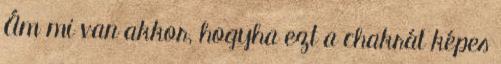
Ám mi van akkor, hogyha ezt a chakrát képes